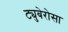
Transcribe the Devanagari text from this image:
ट्युबेरोसा